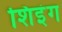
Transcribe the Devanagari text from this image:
शिइंग